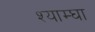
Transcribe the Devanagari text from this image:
श्याम्घा